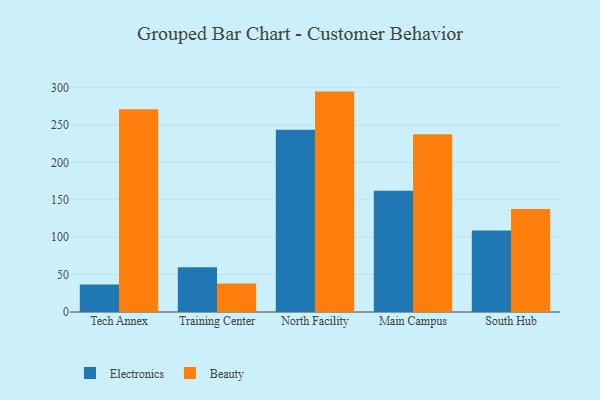
{"axis": {"x": "Campus", "y": "Shipments"}, "legend": ["Beauty", "Electronics"], "data": [{"x": "Tech Annex", "y": 36.8, "type": "Electronics"}, {"x": "Tech Annex", "y": 271.1, "type": "Beauty"}, {"x": "Training Center", "y": 60.0, "type": "Electronics"}, {"x": "Training Center", "y": 38.2, "type": "Beauty"}, {"x": "North Facility", "y": 243.9, "type": "Electronics"}, {"x": "North Facility", "y": 294.8, "type": "Beauty"}, {"x": "Main Campus", "y": 162.3, "type": "Electronics"}, {"x": "Main Campus", "y": 237.9, "type": "Beauty"}, {"x": "South Hub", "y": 109.1, "type": "Electronics"}, {"x": "South Hub", "y": 137.7, "type": "Beauty"}]}